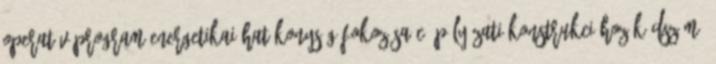
Operatív Program Energetikai hatékonyság fokozása c. pályázati konstrukcióhoz Kódszám: